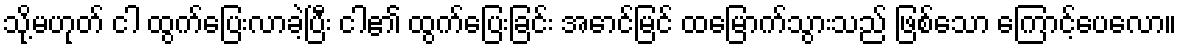
သို့မဟုတ် ငါ ထွက်ပြေးလာခဲ့ပြီး ငါ၏ ထွက်ပြေးခြင်း အောင်မြင် ထမြောက်သွားသည် ဖြစ်သော ကြောင့်ပေလော။